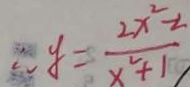
\therefore y = \frac { 2 x ^ { 2 } - 2 } { x ^ { 2 } + 1 }